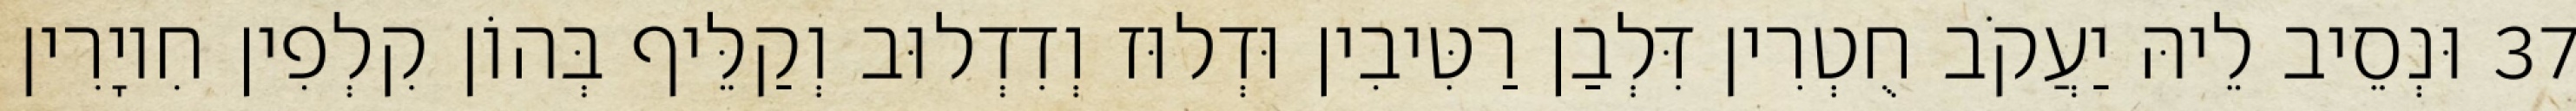
37 וּנְסֵיב לֵיהּ יַעֲקֹב חֻטְרִין דִּלְבַן רַטִּיבִין וּדְלוּז וְדִדְלוּב וְקַלֵּיף בְּהוֹן קִלְפִין חִיוָרִין